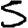
Digit: 5